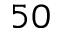
5 0